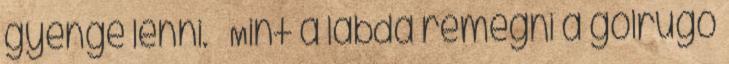
gyenge lenni. Mint a labda remegni a gólrúgó